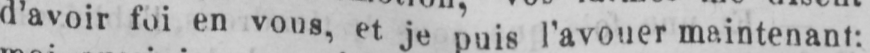
d’avoir foi en vous, et je puis l’avouer maintenant: